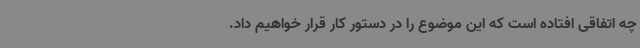
چه اتفاقی افتاده است که این موضوع را در دستور کار قرار خواهیم داد.